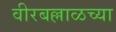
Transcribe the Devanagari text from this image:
वीरबल्लाळच्या